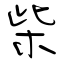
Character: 柴